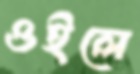
ওইলে